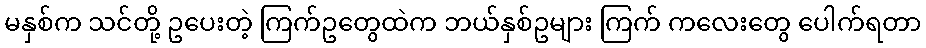
မနှစ်က သင်တို့ ဥပေးတဲ့ ကြက်ဥတွေထဲက ဘယ်နှစ်ဥများ ကြက် ကလေးတွေ ပေါက်ရတာ